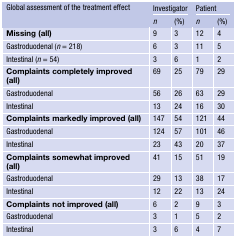
<table><thead><tr><td rowspan="2"><b>Global assessment of the treatment effect</b></td><td colspan="2"><b>Investigator</b></td><td colspan="2"><b>Patient</b></td></tr><tr><td><b><i>n</i></b></td><td><b>(%)</b></td><td><b><i>n</i></b></td><td><b>(%)</b></td></tr></thead><tbody><tr><td><b>Missing (all)</b></td><td>9</td><td>3</td><td>12</td><td>4</td></tr><tr><td>Gastroduodenal (<i>n</i> = 218)</td><td>6</td><td>3</td><td>11</td><td>5</td></tr><tr><td>Intestinal (<i>n</i> = 54)</td><td>3</td><td>6</td><td>1</td><td>2</td></tr><tr><td><b>Complaints completely improved (all)</b></td><td>69</td><td>25</td><td>79</td><td>29</td></tr><tr><td>Gastroduodenal</td><td>56</td><td>26</td><td>63</td><td>29</td></tr><tr><td>Intestinal</td><td>13</td><td>24</td><td>16</td><td>30</td></tr><tr><td><b>Complaints markedly improved (all)</b></td><td>147</td><td>54</td><td>121</td><td>44</td></tr><tr><td>Gastroduodenal</td><td>124</td><td>57</td><td>101</td><td>46</td></tr><tr><td>Intestinal</td><td>23</td><td>43</td><td>20</td><td>37</td></tr><tr><td><b>Complaints somewhat improved (all)</b></td><td>41</td><td>15</td><td>51</td><td>19</td></tr><tr><td>Gastroduodenal</td><td>29</td><td>13</td><td>38</td><td>17</td></tr><tr><td>Intestinal</td><td>12</td><td>22</td><td>13</td><td>24</td></tr><tr><td><b>Complaints not improved (all)</b></td><td>6</td><td>2</td><td>9</td><td>3</td></tr><tr><td>Gastroduodenal</td><td>3</td><td>1</td><td>5</td><td>2</td></tr><tr><td>Intestinal</td><td>3</td><td>6</td><td>4</td><td>7</td></tr></tbody></table>